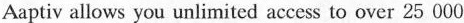
Aaptiv allows yu unlinited access to over 25 000